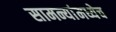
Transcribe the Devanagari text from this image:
सामन्यांमध्येच